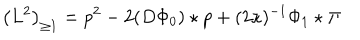
LaTeX: \left( L ^ { 2 } \right) _ { \geq 1 } = p ^ { 2 } - 2 ( D \Phi _ { 0 } ) \star p + ( 2 \kappa ) ^ { - 1 } \Phi _ { 1 } \star \Pi